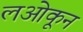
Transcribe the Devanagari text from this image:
लओकून